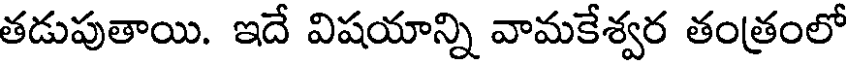
తడుపుతాయి. ఇదే విషయాన్ని వామకేశ్వర తంత్రంలో